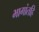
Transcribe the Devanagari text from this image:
भागांतहि